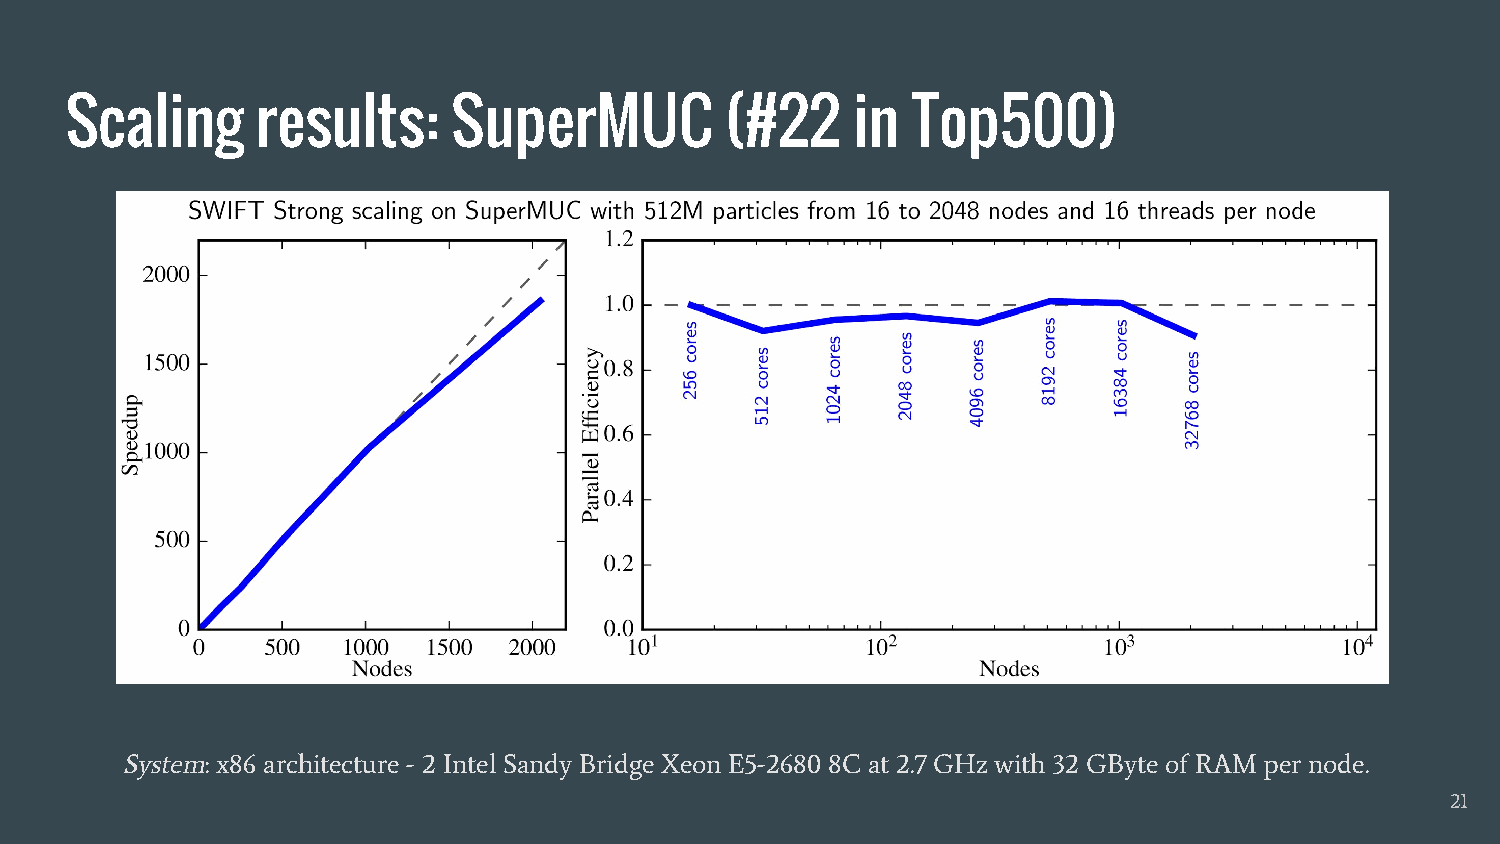
Scaling      results:     SuperMUC          (#22    in  Top500)
 System: x86 architecture - 2 Intel Sandy Bridge Xeon E5-2680 8C at 2.7 GHz with 32 GByte of RAM per node.
 21